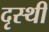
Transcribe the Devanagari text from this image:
दृस्थी